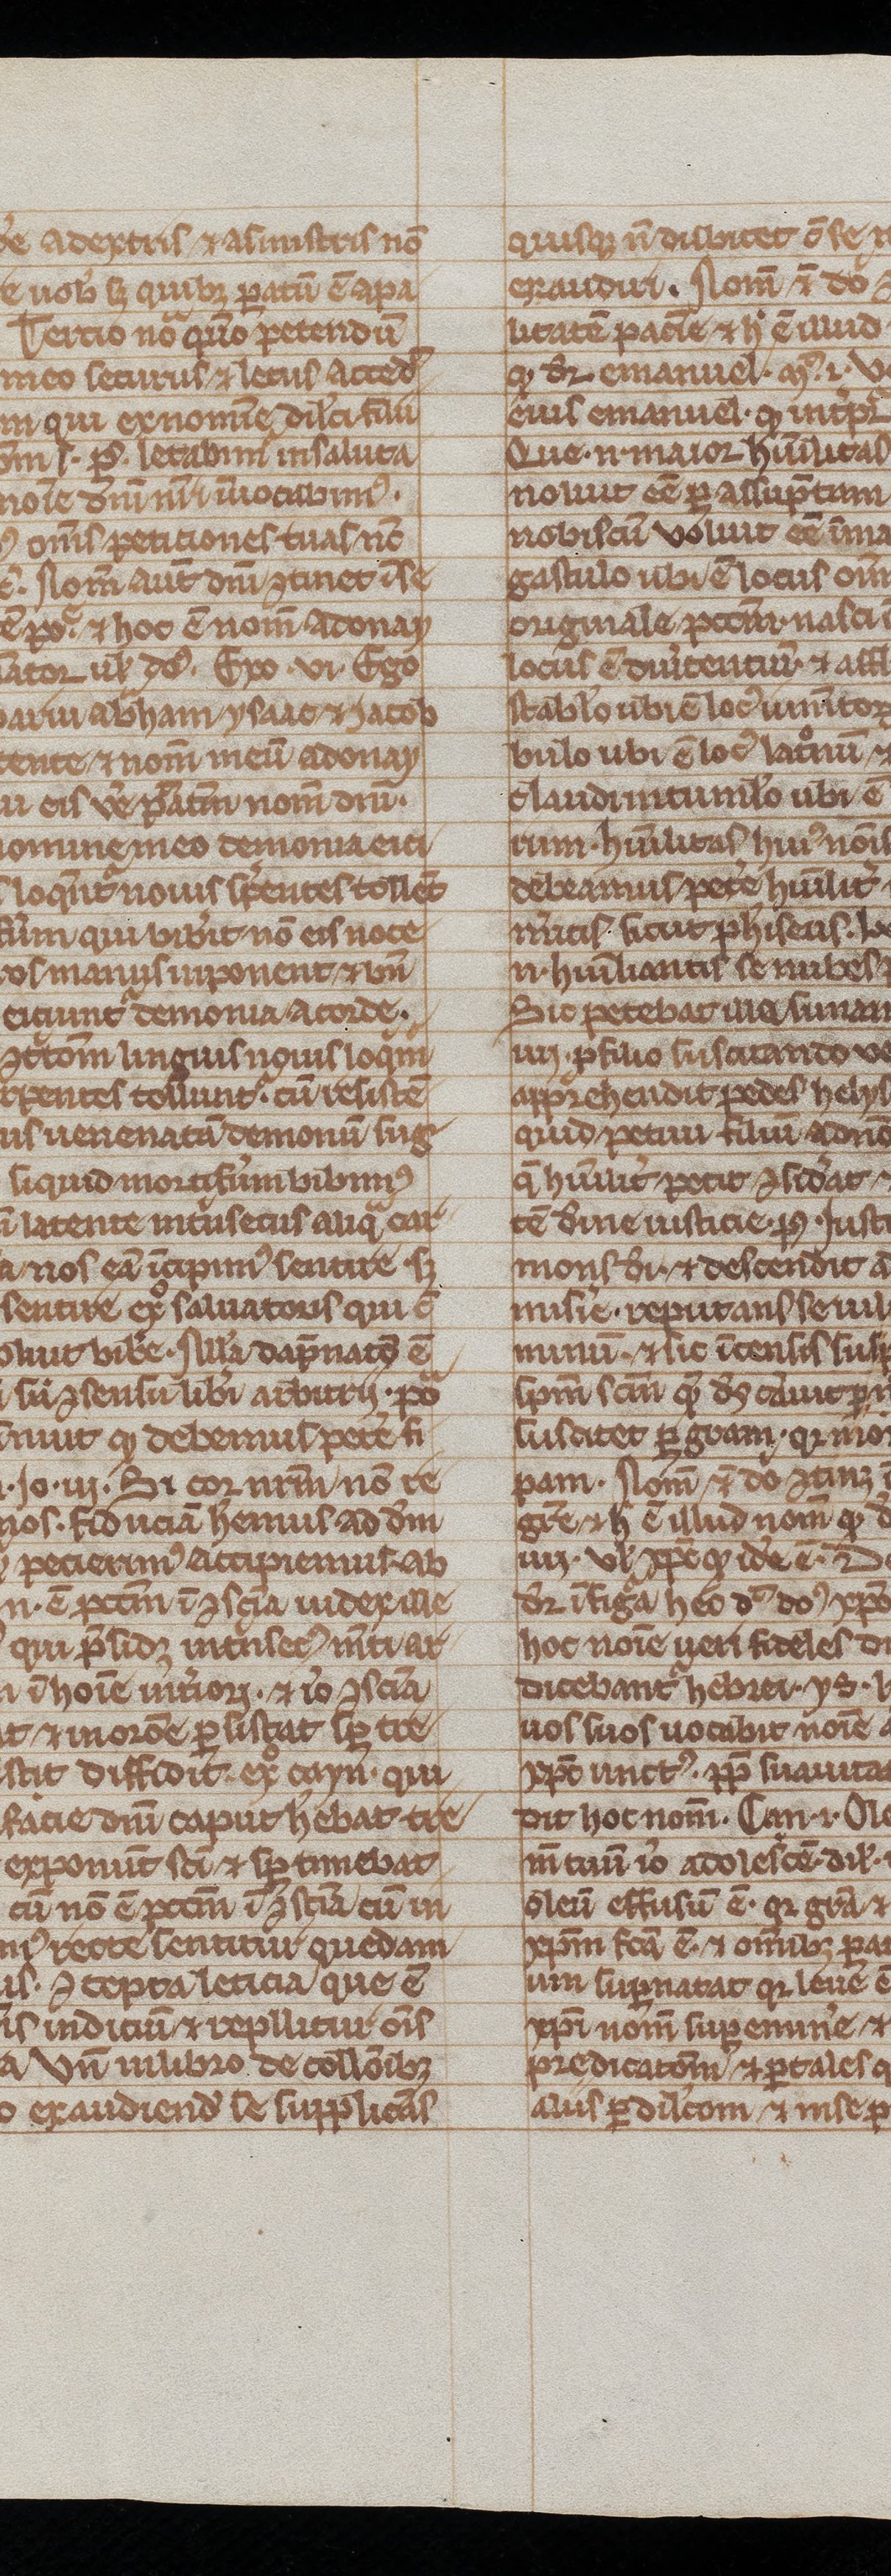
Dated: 1200–1299